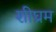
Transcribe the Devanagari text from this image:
शीघ्रम